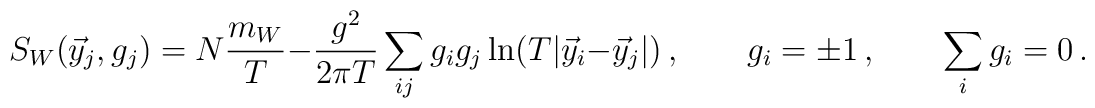
S_W(\vec y_j, g_j) = N \frac{m_W}T   - \frac{g^2}{2\pi T}\sum_{ij} g_i g_j \ln(T|\vec y_i-\vec y_j|)\,,\qquad  g_i=\pm 1\,,\qquad  \sum_i g_i = 0\,.